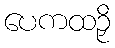
ပေကထဉှိ